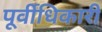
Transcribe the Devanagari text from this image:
पूर्वीधिकारी